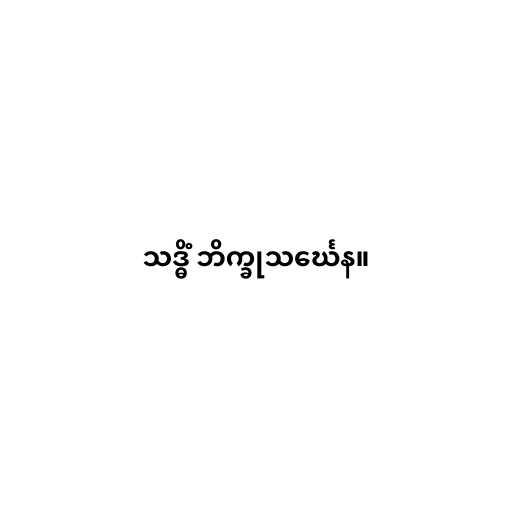
သဒ္ဓိံ ဘိက္ခုသင်္ဃေန။